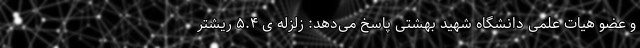
و عضو هیات علمی دانشگاه شهید بهشتی پاسخ می‌دهد: زلزله ی ۵.۴ ریشتر